Annual statistical returns and brief notes on vaccination in Bengal - 1887-1898
Year: 1887
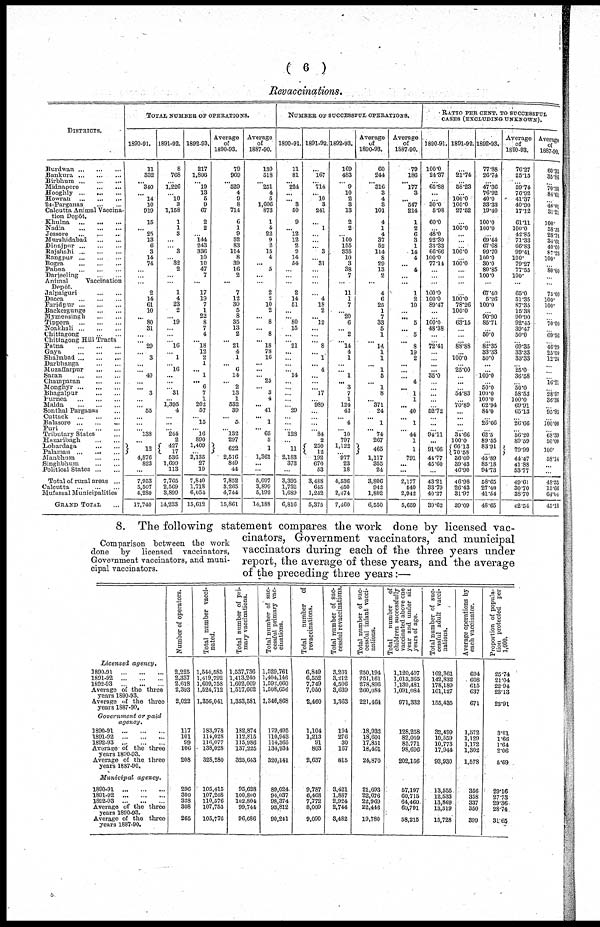
( 6 )
Revaccinations.
DISTRICTS.
Burdwan
...
...
...
Bankura
...
...
...
Birbhum
...
...
...
Midnapore
...
...
Hooghly...
...
...
Howrah
...
...
...
24-Parganas
...
...
Calcutta Animal Vaccina-
tion Depôt.
Khulna ...
...
...
Nadia ... ... ...
Jessore
...
...
...
Murshidabad
...
...
Dinajpur
...
...
...
Rajshahi
...
...
...
Rangpur ...
...
...
Bogra
...
...
...
Pabna
...
...
...
Darjeeling
...
...
Animal
Vaccination
Depôt.
Jalpaiguri ... ...
Dacca
...
...
...
Faridpur
...
...
...
Backergunge
...
...
Mymeusingh
...
...
Tippera
...
...
...
Noakhali...
...
...
Chittagong
...
...
Chittagong Hill Tracts
Patna
...
...
...
Gaya ... ... ...
Shahabad
...
...
...
Darbhanga
...
...
Muzaffarpur ... ...
Saran
...
...
...
Champaran
...
...
Monghyr
...
...
...
Bhagalpur ... ...
Purnea
...
...
...
Malda
...
...
...
Sonthal Parganas ...
Cuttack
...
...
...
Balasore
...
...
...
Puri
...
...
...
Tributary States ...
Hazaribagh
...
...
Lohardaga
...
...
Palamau
...
...
...
Manbhum
...
...
Singhbhum
...
...
Political States
...
...
Total of rural areas ...
Calcutta
...
...
...
Mufussal Municipalities
GRAND TOTAL ...
TOTAL NUMBER OF OPERATIONS.
1890-91.
11
332
... 340
...
14
10
919
15
...
25
13
6
3
14
74
...
...
...
2
14
61
10
...
80
31
...
...
29
...
3
...
...
40
...
...
3
...
...
55
...
...
... 138
...
12
4,876
823
...
7,953
5,507
4,280
17,740
1891-92.
8
768
... 1,226
...
10
3
1,158
1
1
3
...
... 3
...
32
2
...
...
1
4
23
2
...
19
...
...
...
16
... 1
...
16
...
...
...
31
...
1,395
4
...
...
... 244
2
427
17
536
1,699
113
7,765
2,569
3,899
14,233
1892-93.
217
1,806
... 19
13
5
9
67
2
2
...
144
243
336
10
10
47
7
...
17
19
7
1
22
8
7
4
...
18
12
2
1
... 1
... 6
7
1
202
57
...
15
... 16
890
1,409
...
2,135
27
19
7,840
1,718
6,054
15,612
Average
of
1890-93.
79
969
... 529
4
9
8
714
6
1
9
52
83
114
8
39
16
2
...
7
12
30
5
8
35
13
2
...
21
4
1
... 6
14
...
2
13
1
532
39
... 5
... 132
297
622
2,516
849
44
7,852
3,265
4,744
15,861
Average
of
1887-90.
130
518
... 251
4
5
1,606
873
1
4
22
9
2
15
4
...
5
...
...
2
2
10
2
... 8
...
8
...
18
78
16
...
...
...
25
...
3
4
... 41
... 1
... 65
3
1
1,361
...
...
5,097
3,890
5,192
14,188
NUMBER OF SUCCESSFUL OPERATIONS.
1890-91.
11
81
... 224
...
...
3
50
9
...
12
12
2
2
14
54
...
...
...
2
14
51
...
...
80
15
...
...
21
...
...
...
...
14
...
...
...
...
...
29
...
...
... 128
...
11
2,183
373
...
3,395
1,732
1,689
6,816
1891-92.
...
167
... 714
... 10
3
241
...
1
...
...
... 3
...
31
...
...
...
...
4
18
2
... 12
...
...
...
8
... 1
... 4
...
...
... 17
...
989
...
...
...
... 84
2
250
12
192
670
53
3,488
645
1,242
5,375
1892-93.
169
483
... 9
10
2
3
13
2
2
... 100
155
335
10
3
38
7
...
11
1
7
... 20
6
... 2
...
14
4
1
...
...
1
...
3
7
1
124
42
...
4
... 10
797
1,122
...
977
23
18
4,536
450
2,474
7,460
Average
of
1890-93.
60
244
... 316
3
4
3
101
4
1
4
37
52
114
8
29
13
2
...
4
6
25
1
7
33
5
1
...
14
1
1
... 1
5
... 1
8
... 371
24
... 1
... 74
267
465
1,117
355
24
3,806
942
1,802
6,550
Average
of
1887-90.
79
186
... 177
3
...
547
214
1
2
6
3
1
14
4
...
4
...
...
1
2
10
...
...
5
...
5
...
8
19
2
...
...
... 4
... 1
1
... 40
... 1
... 44
1
1
791
...
...
2,177
540
2,942
5,659
RATIO PER CENT, TO SUCCESSFUL
CASES (EXCLUDING UNKNOWN).
1890-91.
100.0
24.37
...
65.88
...
...
30.0
5.98
60.0
...
48.0
92.30
33.33
66.66
100.0
77.14
...
...
...
100.0
100.0
89.47
...
...
100.0 48.38
...
...
72.41
...
...
...
...
35.0
...
...
...
...
...
52.72
...
...
... 94.11
...
91.66
44.77
45.60
...
43.21
33.79
40.27
39.62
1891-92.
...
21.74
...
58.23
...
100.0 100.0
27.52
...
100.0
...
...
...
100.0
...
100.0
...
...
...
...
100.0 78.26
100.0
...
63.15
...
...
...
88.88
...
100.0
...
25.00
...
...
...
54.83
...
70.89
...
...
...
... 34.66
100.0
66.13
70.58
36.09
39.43
46.90
46.98
26.43
31.97
39.09
1892-93.
77.88
26.74
...
47.36
76.92
40.0
33.33
19.40
100.0
100.0
...
69.44
67.68
99.70
100.0
30.0
80.85
100.0
...
67.40
5.26
100.0
...
90.90
85.71
...
50.0
...
82.35
33.33
50.0
...
...
100.0
...
50.0
100.0
100.0
62.94
84.0
...
26.66
... 62.5
89.55
83.91
...
45.89
85.18
94.73
58.65
27.40
41.54
48.65
Average
of
1890-93.
76.27
25.15
... 59.74
76.92
41.37
40.90
17.12
61.11
100.0
42.85
71.33
66.83
99.41
100.
79.27
77.55
100.
...
65.0
51.85
87.85
15.38
90.90
92.45
39.47
50.0
...
69.85
33.33
33.33
...
25.0
36.58
...
50.0
58.53
100.0
69.91
65.13
...
26.66
... 56.20
89.69
79.99
44.47
41.88
53.77
49.61
30.70
38.70
42.54
Average
of
1887-90.
60.35
35.86
... 70.38
84.61
...
46.01
31.21
100.
58.33
28.78
34.61
40.00
87.23
100.
80.00
...
...
75.00
100.
100.
...
...
70.00
...
69.56
...
46.29
25.00
12.24
...
...
...
16.21
...
28.57
38.36
...
95.93
...
100.00
... 68.39
50.00
100.
58.14
...
...
48.53
15.66
64.64
45.18
Comparison between the work
done by licensed vaccinators,
Government vaccinators, and muni-
cipal vaccinators.
8. The following statement compares the work done by licensed vac-
cinators, Government vaccinators, and municipal
vaccinators during each of the three years under
report, the average of these years, and the average
of the preceding three years:—
Licensed
agency.
1890-91
...
...
...
1891-92
...
...
...
1892-93
...
...
...
Average of the three
years 1890-93.
Average of the three
years 1887-90.
Government
or paid
agency.
1890-91
...
...
...
1891-92
...
...
...
1892-93
...
...
...
Average of the three
years 1890-93.
Average of the three
years 1887-90.
Municipal
agency.
1890-91...
...
...
1891-92
...
...
...
1892-93
...
...
...
Average of the three
years 1890-93.
Average of the three
years 1887-90.
Number of operators.
2,225
2,337
2,618
2,393
2,022
117
101
99
106
208
296
300
328
308
265
Total number vacci-
nated.
1,544,585
1,419,792
1,609,758
1,524,712
1,356,041
183,978
114,028
116,077
138,028
328,280
105,415
107,268
110,576
107,753
105,776
Total number of pri-
mary vaccinations.
1,537,736
1,413,240
1,602,009
1,517,662
1,353,581
182,874
112,815
115,986
137,225
325,643
95,628
100,800
102,804
99,744
96,686
Total number of suc-
cessful primary vac-
cinations.
1,529,761
1,404,146
1,592,060
1,508,656
1,346,868
179,495
110,943
114,365
134,934
320,141
89,024
94,037
98,374
93,812
90,241
Total
number
of
revaccinations.
6,849
6,552
7,749
7,050
2,460
1,104
1,213
91
803
2,637
9,787
6,468
7,772
8,009
9,090
Total number of suc-
cessful revaccinations.
3,201
3,212
4,506
3,639
1,363
194
276
30
167
815
3,421
1,887
2,924
2,744
3,482
Total number of suc-
cessful infant vacci-
nations.
250,194
251,161
278,896
260,084
221,464
18,932
18,601
17,851
18,461
24,870
21,693
22,676
22,969
22,446
19,780
Total
number
of
children successfully
vaccinated above one
year and under sis
years of age.
1,120,407
1,013,365
1,139,481
1,091,084
971,332
128,258
82,059
85,771
98,696
202,156
57,197
60,715
64,460
60,791
58,215
Total number of suc-
cessful adult vacci-
nations.
162,361
142,832
178,189
161,127
155,435
32,499
10,559
10,773
17,944
93,930
13,555
12,533
13,869
13,319
15,728
Average operations by
each vaccinator.
694
608
615
637
671
1,572
1,129
1,172
1,302
1,578
356
358
337
350
399
Proportion of popula-
tion protected per
1,000.
25.74
21.04
22.94
23.13
23.91
3.01
1.66
1.64
2.06
5.69
29.16
27.73
29.36
28.74.
31.65